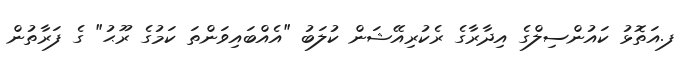
ފ.އަތޮޅު ކައުންސިލްގެ އިދާރާގެ ރެކުރިއޭޝަން ކުލަބު "އެއްބައިވަންތަ ކަމުގެ ރޫޙު" ގެ ފަރާތުން